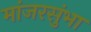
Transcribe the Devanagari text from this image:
मांजरसुंभा